Annual administration report of the Civil Veterinary Department of India - 1892-1893
Year: 1892
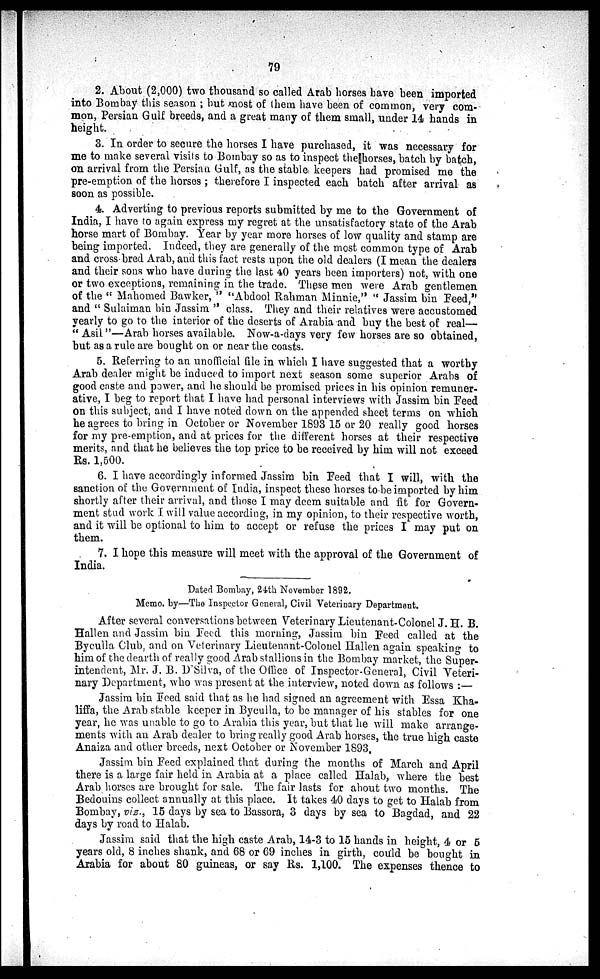
79
2. About (2,000) two thousand so called Arab horses have been imported
into Bombay this season; but most of them have been of common, very com-
mon, Persian Gulf breeds, and a great many of them small, under 14 hands in
height
3. In order to secure the horses I have purchased, it was necessary for
me to make several visits to Bombay so as to inspect the horses, batch by batch,
on arrival from the Persian Gulf, as the stable keepers had promised me the
pre-emption of the horses; therefore I inspected each batch after arrival as
soon as possible.
4. Adverting to previous reports submitted by me to the Government of
India, I have to again express my regret at the unsatisfactory state of the Arab
horse mart of Bombay. Year by year more horses of low quality and stamp are
being imported. Indeed, they are generally of the most common type of Arab
and cross bred Arab, and this fact rests upon the old dealers (I mean the dealers
and their sons who have during the last 40 years been importers) not, with one
or two exceptions, remaining in the trade. These men were Arab gentlemen
of the "Mahomed Bawker," "Abdool Rahman Minnie," "Jassim bin Feed,"
and "Sulaiman bin Jassim" class. They and their relatives were accustomed
yearly to go to the interior of the deserts of Arabia and buy the best of real—
"Asil"—Arab horses available. Now-a-days very few horses are so obtained,
but as a rule are bought on or near the coasts.
5. Referring to an unofficial file in which I have suggested that a worthy
Arab dealer might be induced to import next season some superior Arabs of
good caste and power, and he should be promised prices in his opinion remuner-
ative, I beg to report that I have had personal interviews with Jassim bin Feed
on this subject, and I have noted down on the appended sheet terms on which
he agrees to bring in October or November 1893 15 or 20 really good horses
for my pre-emption, and at prices for the different horses at their respective
merits, and that he believes the top price to be received by him will not exceed
Rs. 1,500.
6. I have accordingly informed Jassim bin Feed that I will, with the
sanction of the Government of India, inspect these horses to be imported by him
shortly after their arrival, and those I may deem suitable and fit for Govern-
ment stud work I will value according, in my opinion, to their respective worth,
and it will be optional to him to accept or refuse the prices I may put on
them.
7. I hope this measure will meet with the approval of the Government of
India.
Dated Bombay, 24th November 1892.
Memo. by—The Inspector General, Civil Veterinary Department.
After several conversations between Veterinary Lieutenant-Colonel J. H. B.
Hallen and Jassim bin Feed this morning, Jassim bin F eed called at the
Byculla Club, and on Veterinary Lieutenant-Colonel Hallen again speaking to
him of the dearth of really good Arab stallions in the Bombay market, the Super-
intendent, Mr. J. B. D'Silva, of the Office of Inspector-General, Civil Veteri-
nary Department, who was present at the interview, noted down as follows:—
Jassim bin Feed said that as he had signed an agreement with Essa Kha-
liffa, the Arab stable keeper in Byculla, to be manager of his stables for one
year, he was unable to go to Arabia this year, but that he will make arrange-
ments with an Arab dealer to bring really good Arab horses, the true high caste
Anaiza and other breeds, next October or November 1893.
Jassim bin Feed explained that during the months of March and April
there is a large fair held in Arabia at a place called Halab, where the best
Arab horses are brought for sale. The fair lasts for about two months. The
Bedouins collect annually at this place. It takes 40 days to get to Halab from
Bombay, viz., 15 days by sea to Bassora, 3 days by sea to Bagdad, and 22
days by road to Halab.
Jassim said that the high caste Arab, 14-3 to 15 hands in height, 4 or 5
years old, 8 inches shank, and 68 or 69 inches in girth, could be bought in
Arabia for about 80 guineas, or say Rs. 1,100. The expenses thence to